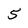
Character: 5